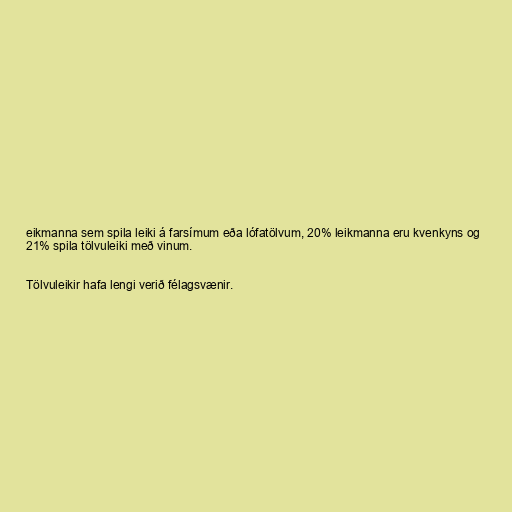
eikmanna sem spila leiki á farsímum eða lófatölvum, 20% leikmanna eru kvenkyns og
21% spila tölvuleiki með vinum.

Tölvuleikir hafa lengi verið félagsvænir.